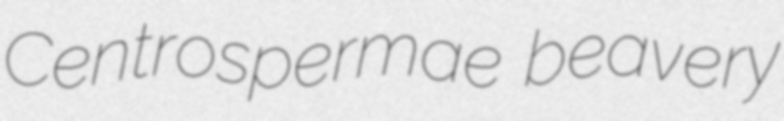
Centrospermae beavery